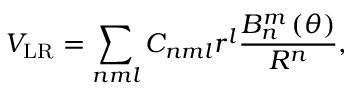
V _ { \mathrm { L R } } = \sum _ { n m l } C _ { n m l } r ^ { l } \frac { B _ { n } ^ { m } \left( \theta \right) } { R ^ { n } } ,